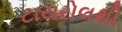
ટાયરોલથી